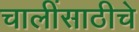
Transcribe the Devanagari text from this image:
चालींसाठीचे